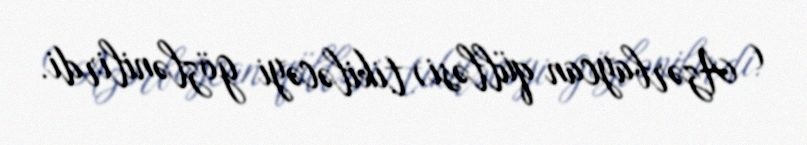
( Azərbaycan qülləsi) tikiləcəyi gözlənilirdi.